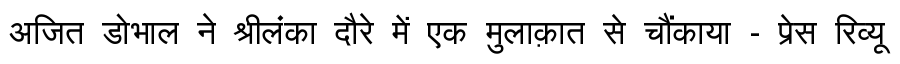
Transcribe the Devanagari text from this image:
अजित डोभाल ने श्रीलंका दौरे में एक मुलाक़ात से चौंकाया - प्रेस रिव्यू